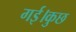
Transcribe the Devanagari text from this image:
गई।कुछ